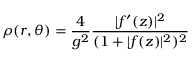
\rho ( r , \theta ) = \frac 4 { g ^ { 2 } } \frac { | f ^ { \prime } ( z ) | ^ { 2 } } { ( 1 + | f ( z ) | ^ { 2 } ) ^ { 2 } }